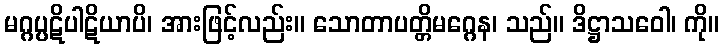
မဂ္ဂပ္ပဋိပါဋိယာပိ၊ အားဖြင့်လည်း။ သောတာပတ္တိမဂ္ဂေန၊ သည်။ ဒိဋ္ဌာသဝေါ၊ ကို။